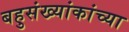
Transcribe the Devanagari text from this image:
बहुसंख्यांकांच्या